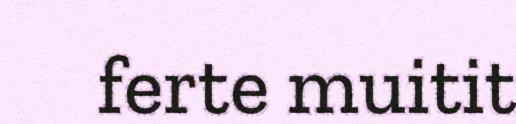
ferte muitit